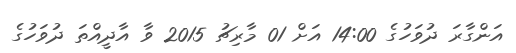
އަންގާރަ ދުވަހުގެ 14:00 އަށް 01 މާރިޗު 2015 ވާ އާދީއްތަ ދުވަހުގެ